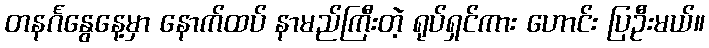
တနင်္ဂနွေနေ့မှာ နောက်ထပ် နာမည်ကြီးတဲ့ ရုပ်ရှင်ကား ဟောင်း ပြဦးမယ်။